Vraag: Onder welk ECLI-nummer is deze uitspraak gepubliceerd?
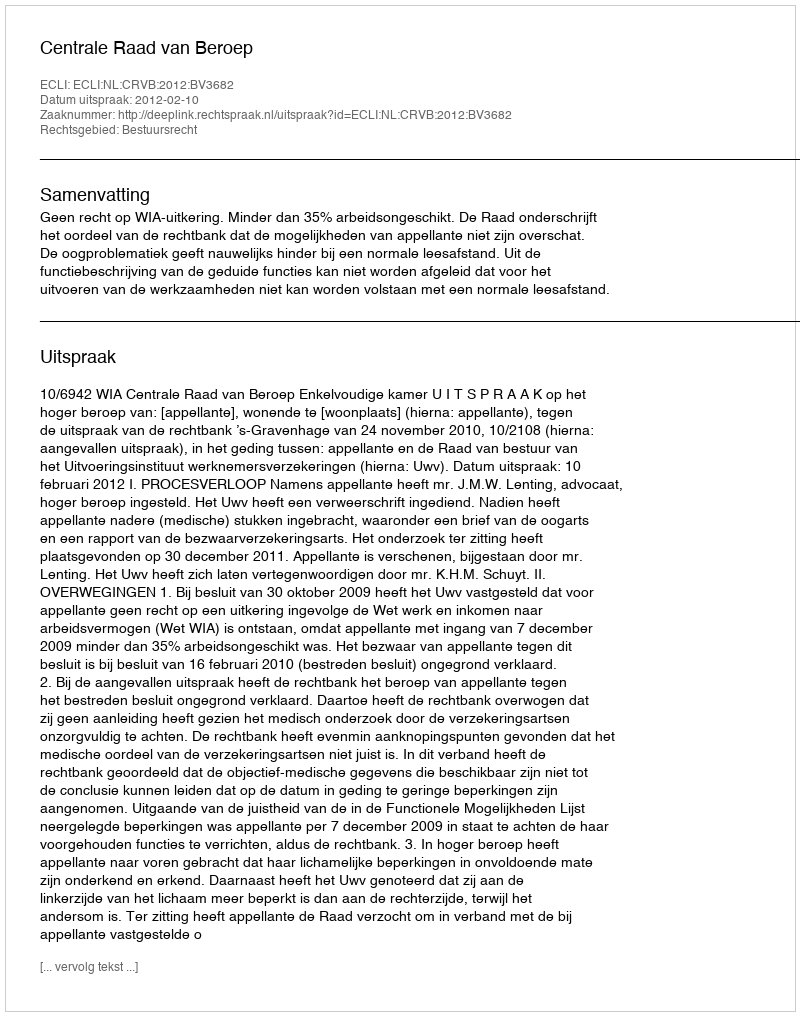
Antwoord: ECLI:NL:CRVB:2012:BV3682